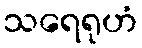
သရေရုဟံ